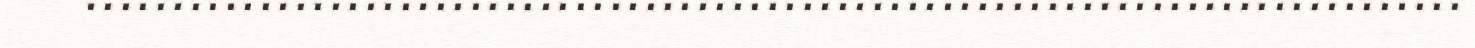
...............................................................................